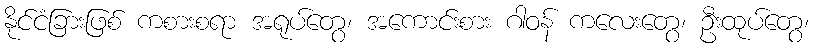
နိုင်ငံခြားဖြစ် ကစားစရာ အရုပ်တွေ၊ အကောင်းစား ဂါဝန် ကလေးတွေ၊ ဦးထုပ်တွေ၊